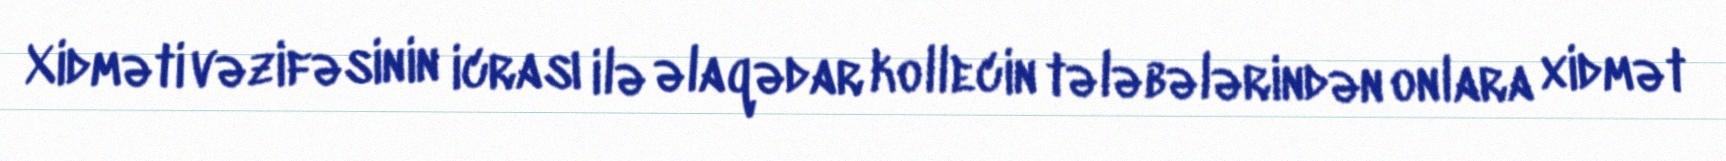
Xidməti vəzifəsinin icrası ilə əlaqədar kollecin tələbələrindən onlara xidmət